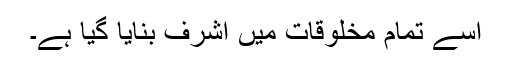
اسے تمام مخلوقات میں اشرف بنایا گیا ہے۔